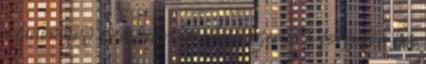
a tudomány és a technika állása szerint a forgalomba